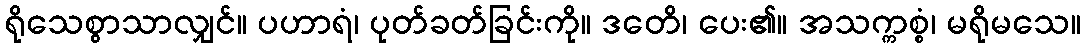
ရိုသေစွာသာလျှင်။ ပဟာရံ၊ ပုတ်ခတ်ခြင်းကို။ ဒတေိ၊ ပေး၏။ အသက္ကစ္စံ၊ မရိုမသေ။